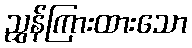
ညွှန်ကြားထားသော